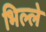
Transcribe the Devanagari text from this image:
भिल्ले